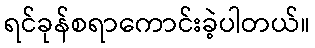
ရင်ခုန်စရာကောင်းခဲ့ပါတယ်။